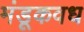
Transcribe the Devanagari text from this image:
मंडूकवध